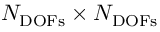
N _ { \mathrm { D O F s } } \times N _ { \mathrm { D O F s } }